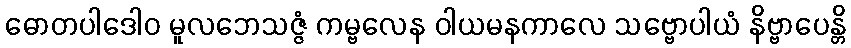
ဓောတပါဒေါဝ မူလဘေသဇ္ဇံ ကမ္ဗလေန ဝါယမနကာလေ သဗ္ဗောပါယံ နိဗ္ဗာပေန္တိ